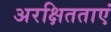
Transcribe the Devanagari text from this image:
अरक्षितताएं